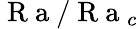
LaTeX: \mathrm{~R~a~}/\mathrm{~R~a~}_{c}